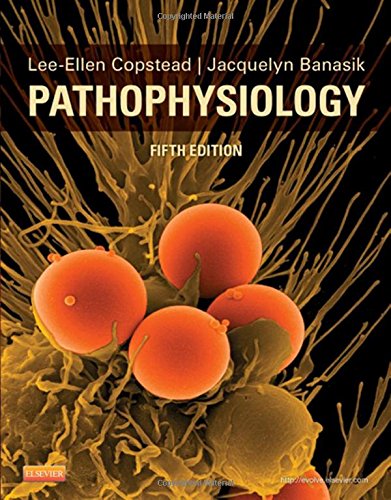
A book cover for Pathophysiology, 5e; Lee-Ellen C. Copstead; Medical Books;